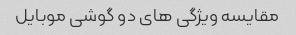
مقایسه ویژگی های دو گوشی موبایل